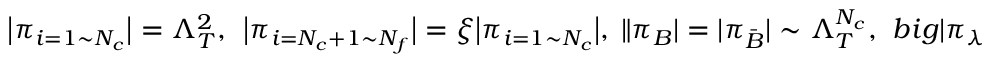
\big | \pi _ { i = 1 \sim N _ { c } } \big | = \Lambda _ { T } ^ { 2 } , \ \ \big | \pi _ { i = N _ { c } + 1 \sim N _ { f } } \big | = \xi \big | \pi _ { i = 1 \sim N _ { c } } \big | , \ \| \pi _ { B } | = | \pi _ { \bar { B } } | \sim \Lambda _ { T } ^ { N _ { c } } , \ \, b i g | \pi _ { \lambda } \big | \sim \Lambda ^ { 3 } \xi ^ { \frac { \rho + N _ { f } - N _ { c } } { N _ { f } - N _ { c } } } ,